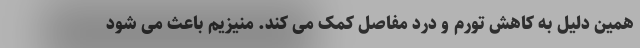
همین دلیل به کاهش تورم و درد مفاصل کمک می کند. منیزیم باعث می شود